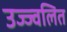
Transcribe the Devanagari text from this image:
उज्ज्वलित